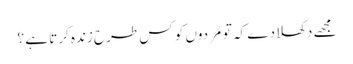
مجھے دکھلا دے کہ تو مُردوں کو کس طرح زندہ کرتا ہے ؟